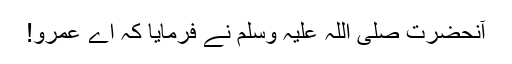
آنحضرت صلی اللہ علیہ وسلم نے فرمایا کہ اے عمرو!